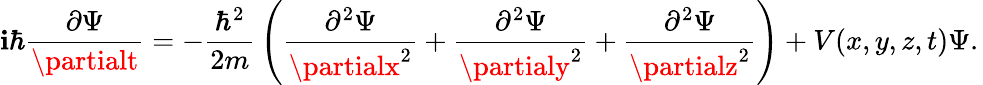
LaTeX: \mathbf{i}\hbar{\frac{{\partial\Psi}}{{\partialt}}}=-{\frac{{\hbar^{2}}}{{2m}}}\left({\frac{{\partial^{2}\Psi}}{{\partialx^{2}}}}+{\frac{{\partial^{2}\Psi}}{{\partialy^{2}}}}+{\frac{{\partial^{2}\Psi}}{{\partialz^{2}}}}\right)+V(x,y,z,t)\Psi.\,